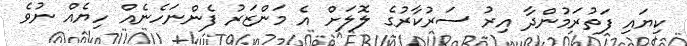
ކިޔައި ފަތުރަމުންދާ އިރު ސަރުކާރުގެ ލޮލަށް އެ މަންޒަރު ފެންނަހެނެއް ހިޔެއް ނުވެ